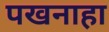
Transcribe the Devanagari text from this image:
पखनाहा